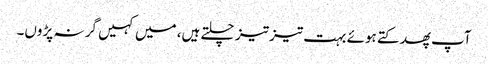
آپ پھدکتے ہوئے بہت تیز تیز چلتے ہیں، میں کہیں گر نہ پڑوں۔